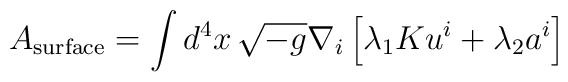
A_{\rm surface} = \int d^4 x \, \sqrt{-g} \nabla_i \left[ \lambda_1 K u^i + \lambda_2 a^i\right]